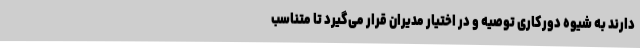
دارند به شیوه دورکاری توصیه و در اختیار مدیران قرار می‌گیرد تا متناسب